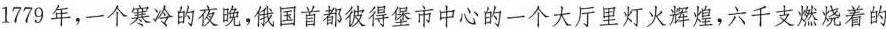
1779年，一个寒冷的夜晚，俄国首都彼得堡市中心的一个大厅里灯火辉煌，六千支燃烧着的